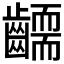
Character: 𮯔